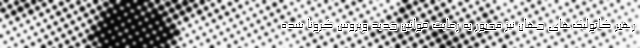
رهبر کاتولیک‌های جهان نیز مجبور به رعایت قوانین جدید ویروس کرونا شده